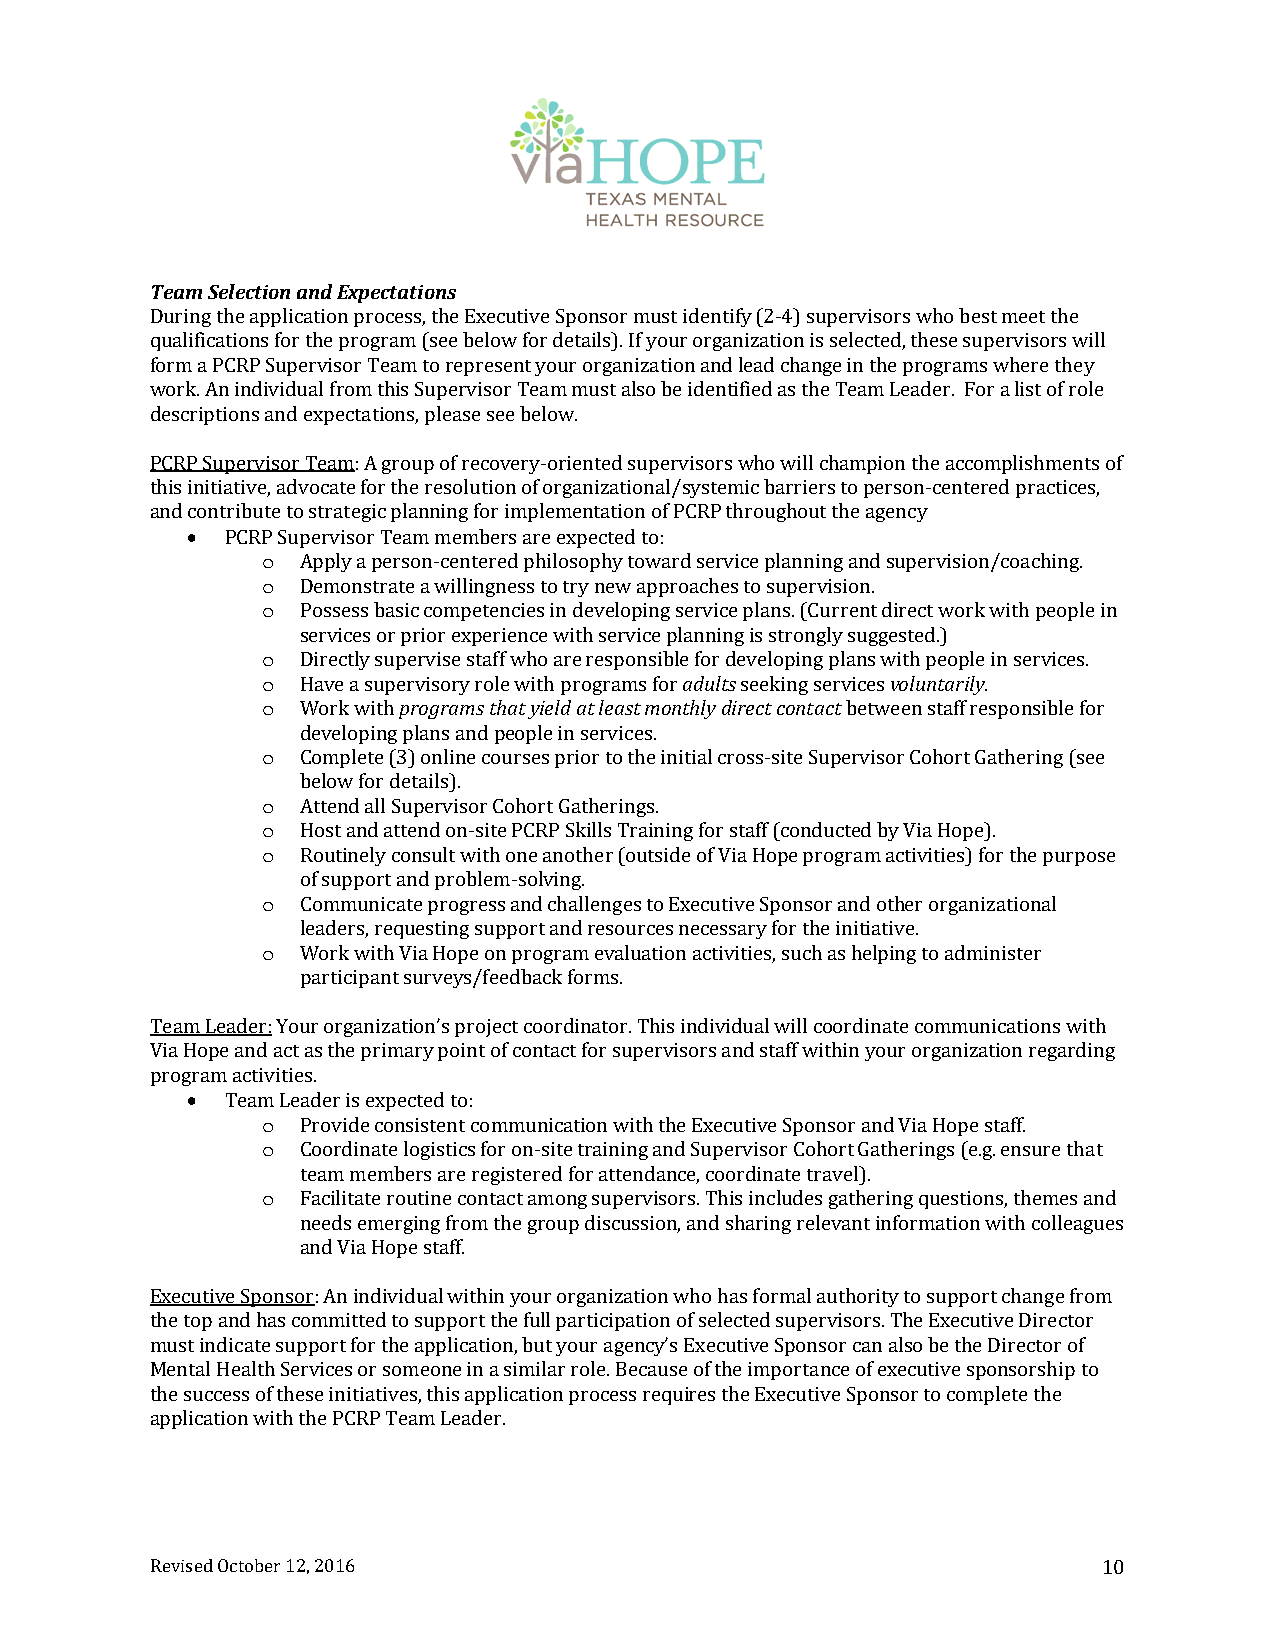
Team Selection and Expectations
 During the application process, the Executive Sponsor must identify (2‐4) supervisors who best meet the
 qualifications for the program (see below for details). If your organization is selected, these supervisors will
 form a PCRP Supervisor Team to represent your organization and lead change in the programs where they
 work. An individual from this Supervisor Team must also be identified as the Team Leader. For a list of role
 descriptions and expectations, please see below.
 PCRP Supervisor Team: A group of recovery‐oriented supervisors who will champion the accomplishments of
 this initiative, advocate for the resolution of organizational/systemic barriers to person‐centered practices,
 and contribute to strategic planning for implementation of PCRP throughout the agency
   PCRP Supervisor Team members are expected to:
 o  Apply a person‐centered philosophy toward service planning and supervision/coaching.
 o  Demonstrate a willingness to try new approaches to supervision.
 o  Possess basic competencies in developing service plans. (Current direct work with people in
 services or prior experience with service planning is strongly suggested.)
 o  Directly supervise staff who are responsible for developing plans with people in services.
 o  Have a supervisory role with programs for adults seeking services voluntarily.
 o  Work with programs that yield at least monthly direct contact between staff responsible for
 developing plans and people in services.
 o  Complete (3) online courses prior to the initial cross‐site Supervisor Cohort Gathering (see
 below for details).
 o  Attend all Supervisor Cohort Gatherings.
 o  Host and attend on‐site PCRP Skills Training for staff (conducted by Via Hope).
 o  Routinely consult with one another (outside of Via Hope program activities) for the purpose
 of support and problem‐solving.
 o  Communicate progress and challenges to Executive Sponsor and other organizational
 leaders, requesting support and resources necessary for the initiative.
 o  Work with Via Hope on program evaluation activities, such as helping to administer
 participant surveys/feedback forms.
 Team Leader: Your organization’s project coordinator. This individual will coordinate communications with
 Via Hope and act as the primary point of contact for supervisors and staff within your organization regarding
 program activities.
   Team Leader is expected to:
 o  Provide consistent communication with the Executive Sponsor and Via Hope staff.
 o  Coordinate logistics for on‐site training and Supervisor Cohort Gatherings (e.g. ensure that
 team members are registered for attendance, coordinate travel).
 o  Facilitate routine contact among supervisors. This includes gathering questions, themes and
 needs emerging from the group discussion, and sharing relevant information with colleagues
 and Via Hope staff.
 Executive Sponsor: An individual within your organization who has formal authority to support change from
 the top and has committed to support the full participation of selected supervisors. The Executive Director
 must indicate support for the application, but your agency’s Executive Sponsor can also be the Director of
 Mental Health Services or someone in a similar role. Because of the importance of executive sponsorship to
 the success of these initiatives, this application process requires the Executive Sponsor to complete the
 application with the PCRP Team Leader.
 Revised October 12, 2016                                       10